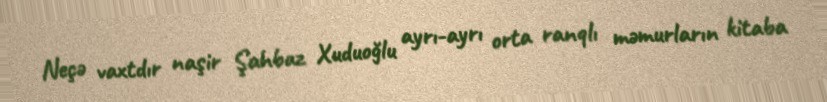
Neçə vaxtdır naşir Şahbaz Xuduoğlu ayrı-ayrı orta ranqlı məmurların kitaba